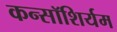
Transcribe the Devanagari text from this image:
कन्सॉशिर्यम